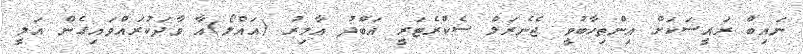
ނައިބް ރައީސަކަށް އިންތިހާބުވީ ޖެނެރަލް ސެކްރެޓަރީ އަބްދު އާމިރު (އައްލޯ)އާ ވާދަކުރައްވައިގެން އަލީ